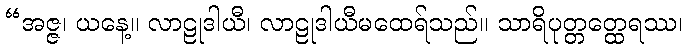
“အဇ္ဇ၊ ယနေ့။ လာဠုဒါယီ၊ လာဠုဒါယီမထေရ်သည်။ သာရိပုတ္တတ္ထေရဿ၊